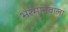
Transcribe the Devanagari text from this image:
भरमानेवाला